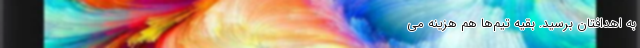
به اهدافتان برسید. بقیه تیم‌ها هم هزینه می‌‌‌‌‌‌‌‌‌‌‌‌‌‌‌‌‌‌‌‌‌‌‌